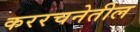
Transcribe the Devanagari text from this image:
कररचनेतील